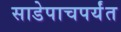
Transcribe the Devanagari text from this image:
साडेपाचपर्यंत